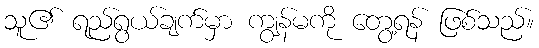
သူ၏ ရည်ရွယ်ချက်မှာ ကျွန်မကို တွေ့ရန် ဖြစ်သည်။